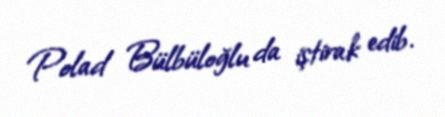
Polad Bülbüloğlu da iştirak edib.